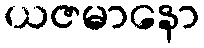
ယဇမာနော